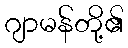
ဂျာမန်တို့၏